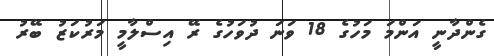
ގެންދާނީ އަންމަ މަހުގެ 18 ވަނަ ދުވަހުގެ ރޭ އިސްލާމީ މަރުކަޒު ބޭރު